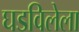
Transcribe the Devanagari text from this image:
घडविलेला